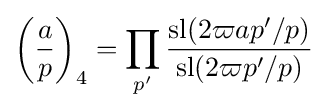
\left({\frac {a}{p}}\right)_{4}=\prod _{p'}{\frac {\operatorname {sl} (2\varpi ap'/p)}{\operatorname {sl} (2\varpi p'/p)}}